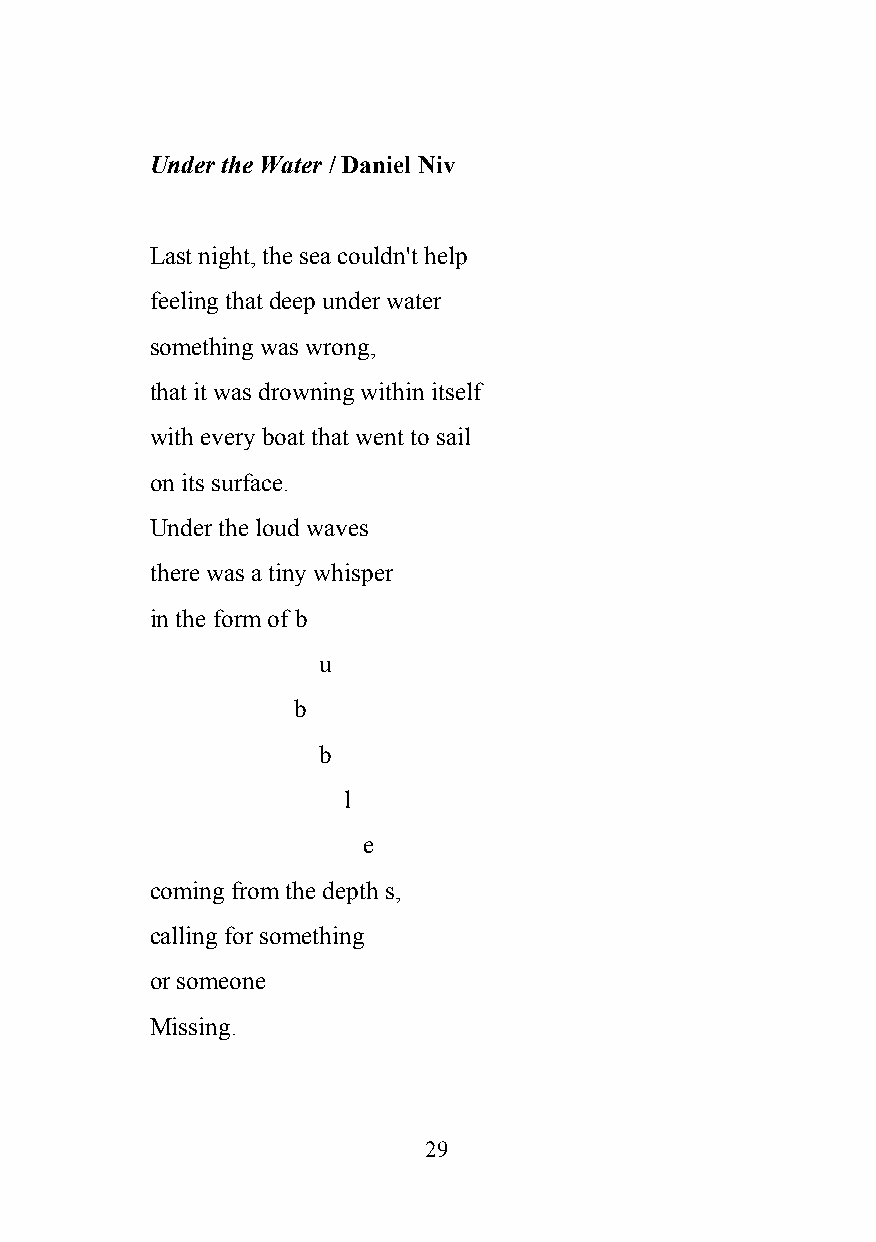
Under the Water / Daniel Niv
 ​
 Last night, the sea couldn't help
 feeling that deep under water
 something was wrong,
 that it was drowning within itself
 with every boat that went to sail
 on its surface.
 Under the loud waves
 there was a tiny whisper
 in the form of b
 u
 b
 b
 l
 e
 coming from the depth s,
 calling for something
 or someone
 Missing.
 29